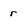
Character: r